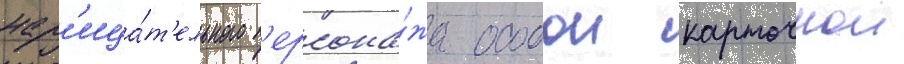
нар'ица́т'ельного п'ерсона́жа особои карточнои